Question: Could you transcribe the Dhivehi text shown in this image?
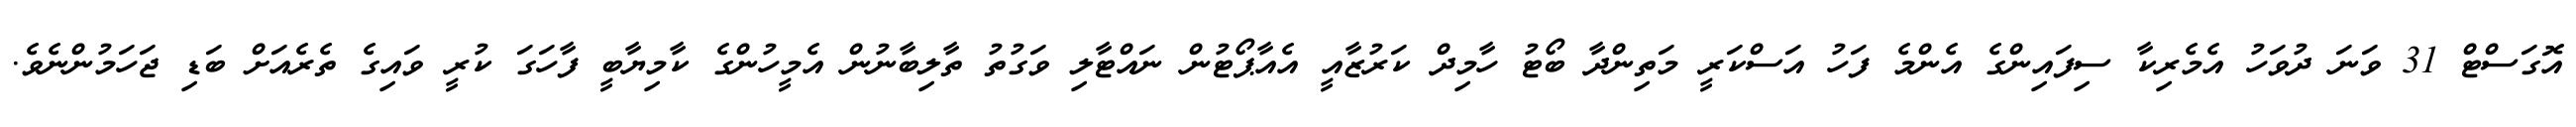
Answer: އޮގަސްޓް 31 ވަނަ ދުވަހު އެމެރިކާ ސިފައިންގެ އެންމެ ފަހު އަސްކަރީ މަތިންދާ ބޯޓު ހާމިދް ކަރުޒާއީ އެއާޕޯޓުން ނައްޓާލި ވަގުތު ތާލިބާނުން އެމީހުންގެ ކާމިޔާބީ ފާހަގަ ކުރީ ވައިގެ ތެރެއަށް ބަޑި ޖަހަމުންނެވެ.